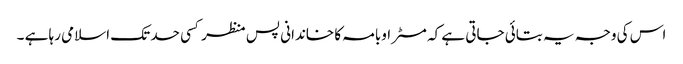
اس کی وجہ یہ بتائی جاتی ہے کہ مسٹر اوبامہ کا خاندانی پس منظر کسی حد تک اسلامی رہا ہے ۔